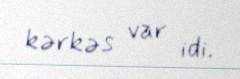
kərkəs var idi.